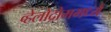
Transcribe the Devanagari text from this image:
व्हेलोद्रोममध्ये